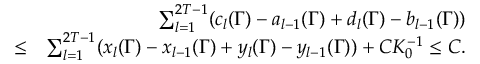
\begin{array} { r l r } & { } & { \sum _ { l = 1 } ^ { 2 T - 1 } ( c _ { l } ( \Gamma ) - a _ { l - 1 } ( \Gamma ) + d _ { l } ( \Gamma ) - b _ { l - 1 } ( \Gamma ) ) } \\ & { \leq } & { \sum _ { l = 1 } ^ { 2 T - 1 } ( x _ { l } ( \Gamma ) - x _ { l - 1 } ( \Gamma ) + y _ { l } ( \Gamma ) - y _ { l - 1 } ( \Gamma ) ) + C K _ { 0 } ^ { - 1 } \leq C . } \end{array}